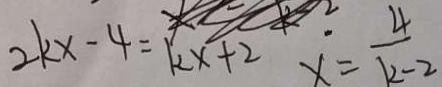
2 k x - 4 = k x + 2 x = \frac { 4 } { k - 2 }